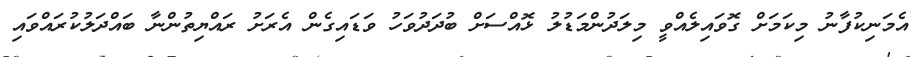
އެމަނިކުފާނު މިކަމަށް ގޮވައިލެއްވީ މިލަދުންމަޑުލު ޅޮއްސަށް ބުދަދުވަހު ވަޑައިގެން އެރަށު ރައްޔިތުންނާ ބައްދަލުކުރައްވައި